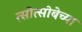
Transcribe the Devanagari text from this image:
त्सोत्सोबेच्या